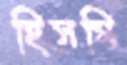
হিসমি